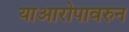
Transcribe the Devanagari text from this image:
याआरोपावरुन